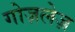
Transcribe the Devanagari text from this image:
गोज़लेज़